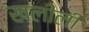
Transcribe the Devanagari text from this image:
खलीली